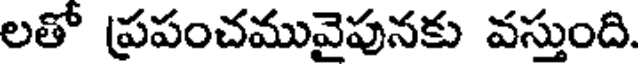
లతో ప్రపంచమువైపునకు వస్తుంది.